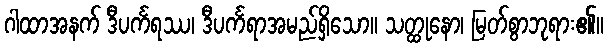
ဂါထာအနက် ဒီပင်္ကရဿ၊ ဒီပင်္ကရာအမည်ရှိသော။ သတ္ထုနော၊ မြတ်စွာဘုရား၏။